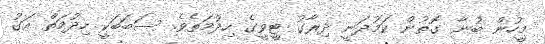
މީހުން ބުނާ ގޮތުން ކަމުދަނީ ދިރާގު ޓީވީގެ ހިދުމަތެވެ. ސަބަބަކީ ހިދުމަތް އަގު